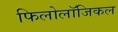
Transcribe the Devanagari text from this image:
फिलोलॉजिकल